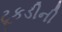
ટૂકડીની